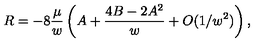
R = - 8 \frac { \mu } { w } \left( A + \frac { 4 B - 2 A ^ { 2 } } { w } + O ( 1 / w ^ { 2 } ) \right) ,